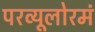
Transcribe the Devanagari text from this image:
परव्यूलोरमं